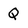
Character: Q